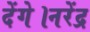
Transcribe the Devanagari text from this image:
देंगे।नरेंद्र